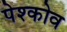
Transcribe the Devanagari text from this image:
पेश्कोव